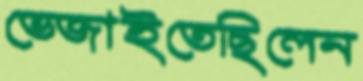
ভেজাইতেছিলেন